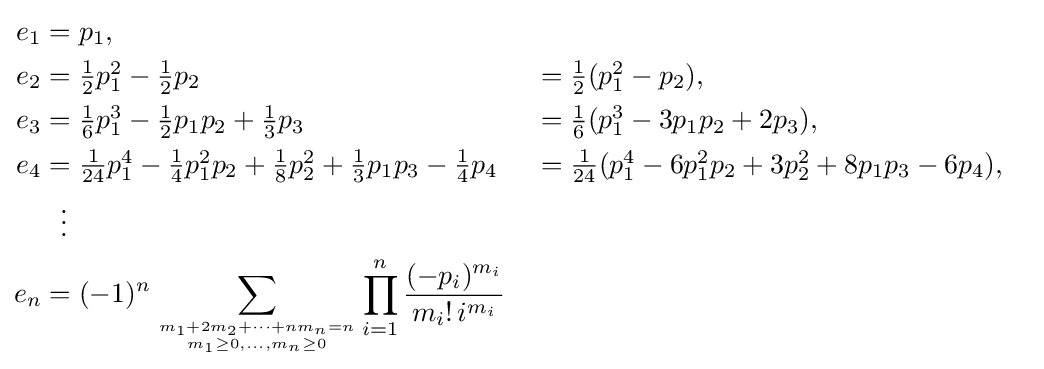
{\begin{aligned}e_{1}&=p_{1},\\e_{2}&=\textstyle {\frac {1}{2}}p_{1}^{2}-{\frac {1}{2}}p_{2}&&=\textstyle {\frac {1}{2}}(p_{1}^{2}-p_{2}),\\e_{3}&=\textstyle {\frac {1}{6}}p_{1}^{3}-{\frac {1}{2}}p_{1}p_{2}+{\frac {1}{3}}p_{3}&&=\textstyle {\frac {1}{6}}(p_{1}^{3}-3p_{1}p_{2}+2p_{3}),\\e_{4}&=\textstyle {\frac {1}{24}}p_{1}^{4}-{\frac {1}{4}}p_{1}^{2}p_{2}+{\frac {1}{8}}p_{2}^{2}+{\frac {1}{3}}p_{1}p_{3}-{\frac {1}{4}}p_{4}&&=\textstyle {\frac {1}{24}}(p_{1}^{4}-6p_{1}^{2}p_{2}+3p_{2}^{2}+8p_{1}p_{3}-6p_{4}),\\&~~\vdots \\e_{n}&=(-1)^{n}\sum _{m_{1}+2m_{2}+\cdots +nm_{n}=n \atop m_{1}\geq 0,\ldots ,m_{n}\geq 0}\prod _{i=1}^{n}{\frac {(-p_{i})^{m_{i}}}{m_{i}!\,i^{m_{i}}}}\\\end{aligned}}